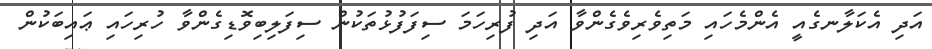
އަދި އެކަލާނގެއީ އެންމެހައި މަތިވެރިވެގެންވާ އަދި ފުރިހަމަ ސިފަފުޅުތަކުން ސިފަލިބިވޮޑިގެންވާ ހުރިހައި ޢައިބަކުން